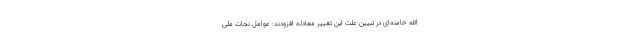
الله خامنه‌ای در تبیین علت این تغییر معادله افزودند: عوامل نجات ملی